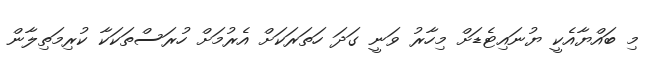
މި ބައްޔާއެކީ ޔުނައިޓެޑަށް މިހާރު ވަނީ ގަދަ ހަތަރަކަށް އެރުމަށް ހުރަސްތަކަކާ ކުރިމަތިލާން